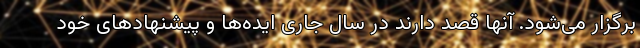
برگزار می‌شود. آنها قصد دارند در سال جاری ایده‌ها و پیشنهادهای خود